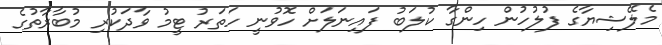
މެލޭޝިޔާގެ ފުލުހުން ހިންގާ ކުލަބު ފައިނަލަށް ހޮވުނީ ހަތަރު ޓީމު ވާދަކުރި މުބާރާތުގެ